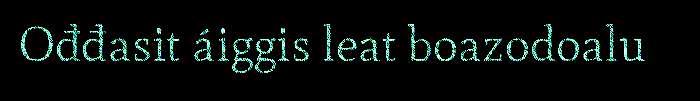
Ođđasit áiggis leat boazodoalu